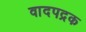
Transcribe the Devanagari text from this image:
वादपद्रक